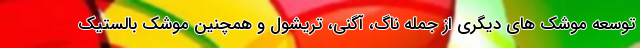
توسعه موشک های دیگری از جمله ناگ، آگنی، تریشول و همچنین موشک بالستیک